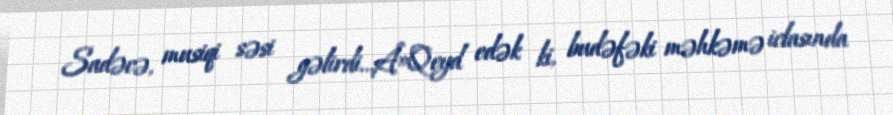
Sadəcə, musiqi səsi gəlirdi...Â»Qeyd edək ki, budəfəki məhkəmə iclasında